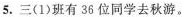
5.三(1)班有36位同学去秋游。